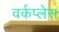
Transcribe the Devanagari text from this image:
वर्कप्लेस